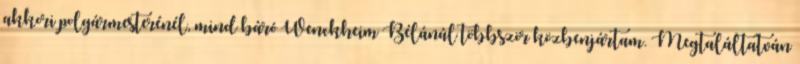
akkori polgármesterénél, mind báró Wenckheim Bélánál többször közbenjártam. Megtaláltatván